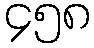
၄၅၈